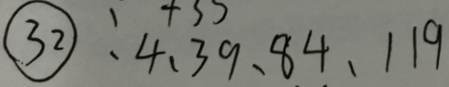
\textcircled { 3 2 } : 4 、 3 9 、 8 4 、 1 1 9